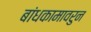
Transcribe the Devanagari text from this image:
बांधकामावरुन